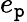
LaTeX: e_{\mathtt{p}}